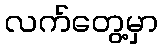
လက်တွေ့မှာ